画像に写った文字を読んでください
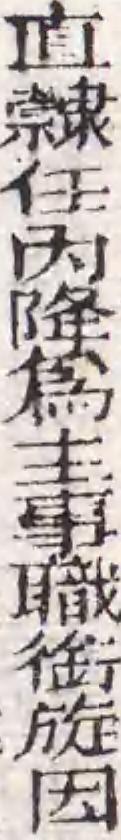
「直隷任内降爲主事職銜旋因」と書いてあります